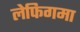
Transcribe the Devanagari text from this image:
लेफिगमा